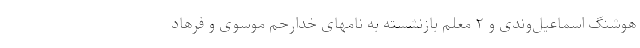
هوشنگ اسماعیل‌وندی و ۲ معلم بازنشسته به نامهای خدارحم موسوی و فرهاد